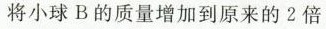
将小球B的质量增加到原来的2倍